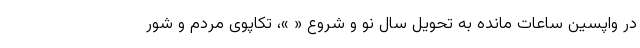
در واپسین ساعات مانده به تحویل سال نو و شروع « »، تکاپوی مردم و شور